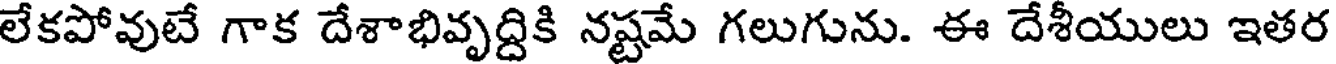
లేకపోవుటే గాక దేశాభివృద్దికి నష్టమే గలుగును. ఈ దేశీయులు ఇతర